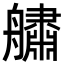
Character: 𦪲